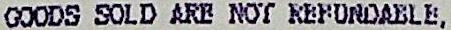
GOODS SOLD ARE NOT REFONDABLE,